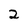
Character: 2